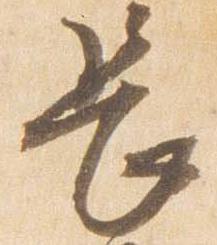
長